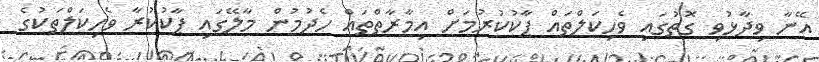
އޭނާ ވިދާޅުވި ގޮތުގައި ވެހިކަލްތައް ޕާކުކުރުމަށް އިމާރާތްތައް ހެދުމުން މާލޭގައި ޕާކުކުރާ ވެހިކަލްތަކުގެ